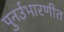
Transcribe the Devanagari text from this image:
पुनर्उभारणीत